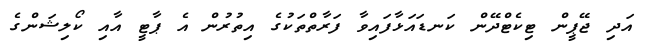
އަދި ޖޭޕީން ޓިކެޓްދޭން ކަނޑައަޅާފައިވާ ފަރާތްތަކުގެ އިތުރުން އެ ޕާޓީ އާއި ކޯލިޝަންގެ